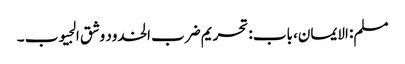
مسلم: الایمان، باب: تحریم ضرب الخدود وشق الجیوب ۔